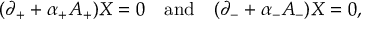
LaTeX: ( \partial _ { + } + \alpha _ { + } A _ { + } ) X = 0 \quad \mathrm { a n d } \quad ( \partial _ { - } + \alpha _ { - } A _ { - } ) X = 0 ,